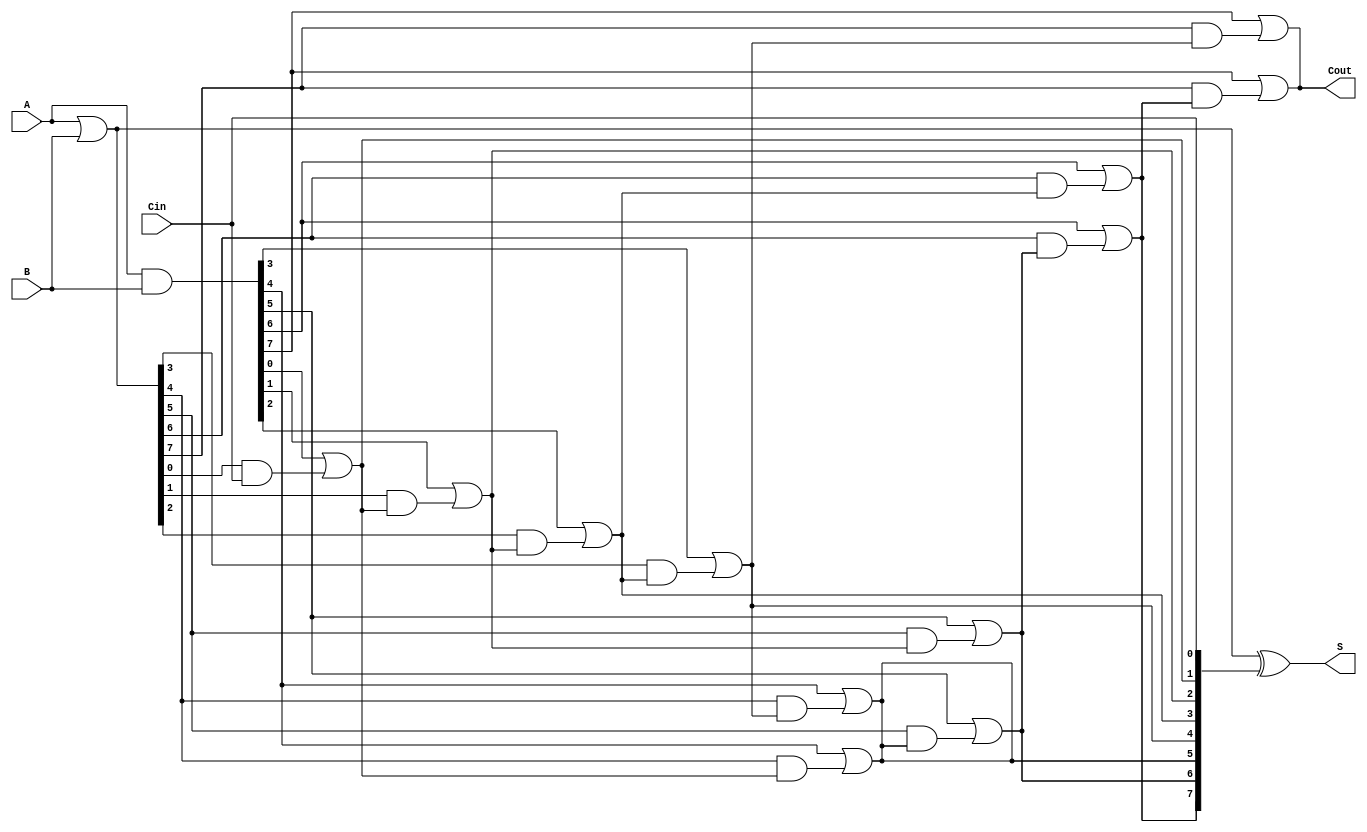
module brent_kung_adder #(parameter n = 8) (
    input  [n-1:0] A,
    input  [n-1:0] B,
    input          Cin,
    output [n-1:0] S,
    output         Cout
);

    // Generate and Propagate signals
    wire [n-1:0] G; // Generate
    wire [n-1:0] P; // Propagate
    wire [n:0] C;   // Carry signals

    // Generate and Propagate calculations
    assign G = A & B;
    assign P = A | B;

    // Carry generation using Brent-Kung logic
    assign C[0] = Cin; // Initial carry input

    // Level 1
    genvar i;
    generate
        for (i = 0; i < n; i = i + 1) begin : carry_gen_level1
            assign C[i + 1] = G[i] | (P[i] & C[i]);
        end
    endgenerate

    // Additional levels can be added for larger n
    // Here we will implement a simple 2-level carry generation for demonstration
    // Level 2
    generate
        for (i = 0; i < n/2; i = i + 1) begin : carry_gen_level2
            assign C[n/2 + i + 1] = G[n/2 + i] | (P[n/2 + i] & C[i + 1]);
        end
    endgenerate

    // Sum calculation
    assign S = P ^ {C[n-1:0]}; // Sum bits

    // Final carry-out
    assign Cout = C[n];

endmodule